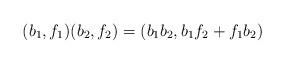
LaTeX: \begin{align*} (b_1,f_1) (b_2,f_2) = (b_1 b_2, b_1 f_2 + f_1 b_2)\end{align*}